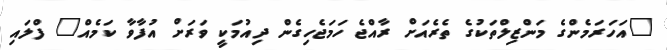
"އަހަރަމެންގެ މަންޒިލްތަކުގެ ތެރެއަށް ރާއްޖެ ހަމަޖެހިގެން ދިއުމަކީ ވަރަށް އުފާވާ ކަމެއް" ފްލައި